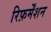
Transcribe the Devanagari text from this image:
रिफ़र्मेंशन